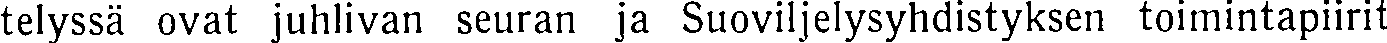
telyssä ovat juhlivan seuran ja Suoviljelysyhdistyksen toimintapiirit